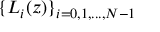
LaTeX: \{ L _ { i } ( z ) \} _ { i = 0 , 1 , . . . , N - 1 }